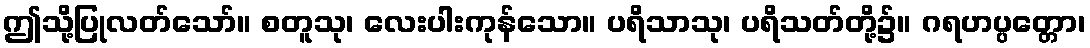
ဤသို့ပြုလတ်သော်။ စတူသု၊ လေးပါးကုန်သော။ ပရိသာသု၊ ပရိသတ်တို့၌။ ဂရဟပ္ပတ္တော၊